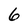
Character: 6